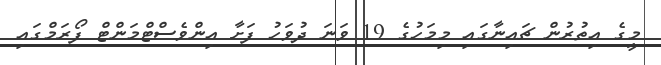
މީގެ އިތުރުން ޗައިނާގައި މިމަހުގެ 19 ވަނަ ދުވަހު ފަށާ އިންވެސްޓްމަންޓް ފޯރަމްގައި